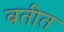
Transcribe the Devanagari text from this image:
बतीत